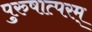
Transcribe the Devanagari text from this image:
पुरुषात्परम्